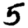
Digit: 5